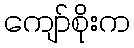
ကျော်စိုးက